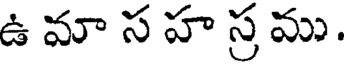
ఉ మా స హ స్ర ము .